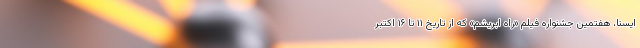
ایسنا، هفتمین جشنواره فیلم «راه ابریشم» که از تاریخ ۱۱ تا ۱۶ اکتبر